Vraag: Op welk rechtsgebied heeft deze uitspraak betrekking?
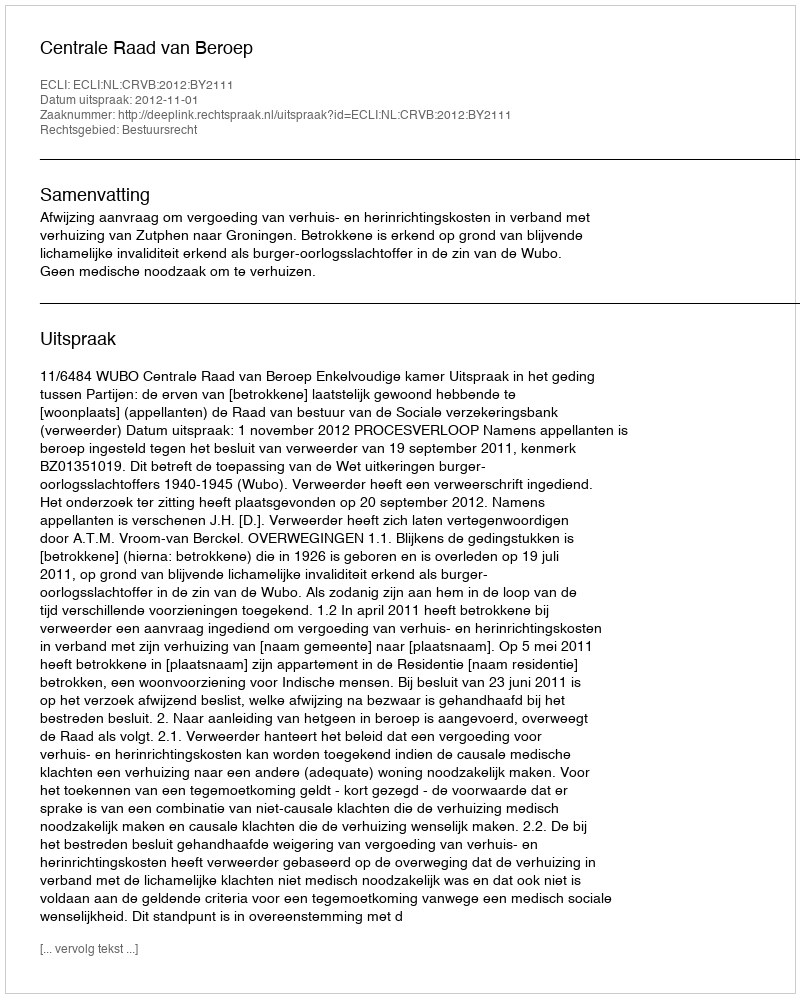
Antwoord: Bestuursrecht